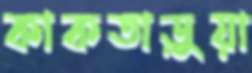
কাকতাড়ুয়া